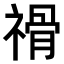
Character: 𥛔